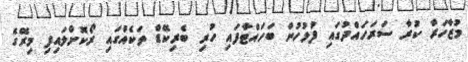
މުޒާހަރާ ކުރާ ސަރަހައްދުގައި ފުލުހުން ބަހައްޓާފައި ހުރި ބެރިކޭޑް ތަކެއްގައި ރޯކޮށްލައިފި މިރޭގެ